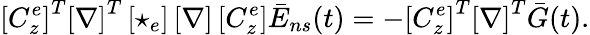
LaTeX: \left[C_{z}^{e}\right]^{T}\left[\nabla\right]^{T}\left[\star_{e}\right]\left[\nabla\right]\left[C_{z}^{e}\right]\bar{E}_{ns}(t)=-\left[C_{z}^{e}\right]^{T}\left[\nabla\right]^{T}\bar{G}(t).